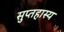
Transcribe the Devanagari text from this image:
सुप्तहास्य